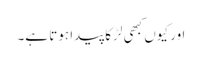
اور کیوں کبھی لڑکا پیدا ہوتا ہے۔